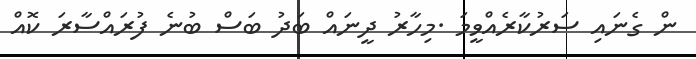
ން ގެނައި ސަރުކާރެއްވީމަ .މިހާރު ދީނައް ބަދު ބަސް ބުނެ ފުރައްސާރަ ކޮއް